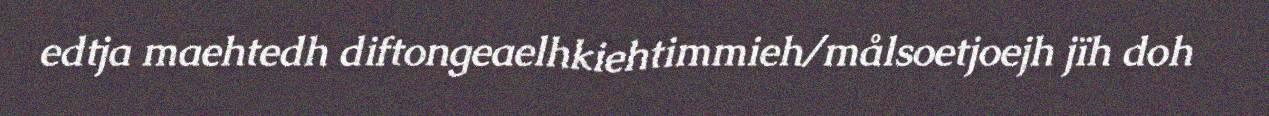
edtja maehtedh diftongeaelhkiehtimmieh/målsoetjoejh jïh doh